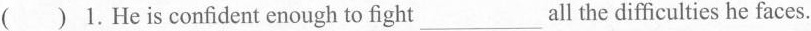
( ) 1.He is confident enough to fight ___ all the difficulties he faces.